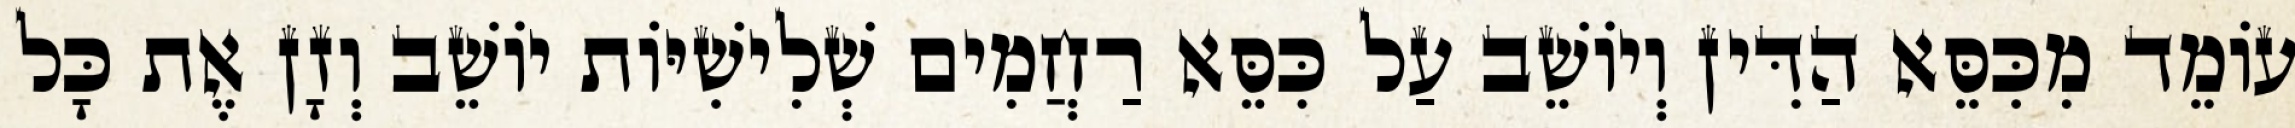
עוֹמֵד מִכִּסֵּא הַדִּין וְיוֹשֵׁב עַל כִּסֵּא רַחֲמִים שְׁלִישִׁיּוֹת יוֹשֵׁב וְזָן אֶת כָּל